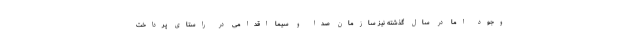
وجود اما در سال گذشته نیز سازمان صدا و سیما اقدامی در راستای پرداخت